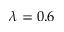
\lambda = 0 . 6